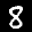
Label: 8